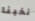
نخبنا